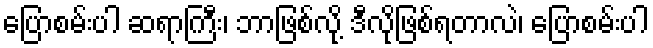
ပြောစမ်းပါ ဆရာကြီး၊ ဘာဖြစ်လို့ ဒီလိုဖြစ်ရတာလဲ၊ ပြောစမ်းပါ